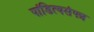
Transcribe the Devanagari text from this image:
पांडित्यसंपन्न